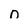
Character: 0